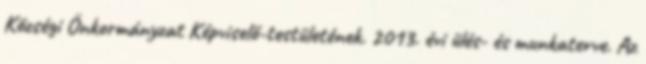
Községi Önkormányzat Képviselő-testületének. 2013. évi ülés- és munkaterve. Az